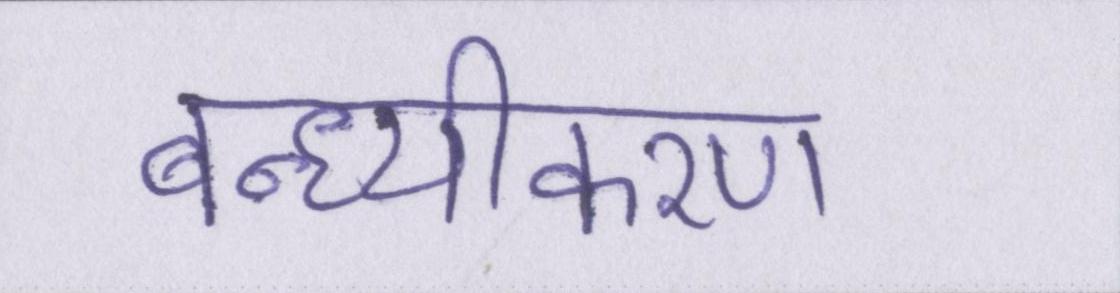
बन्ध्यीकरण